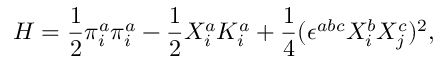
H = \frac { 1 } { 2 } \pi _ { i } ^ { a } \pi _ { i } ^ { a } - \frac { 1 } { 2 } X _ { i } ^ { a } K _ { i } ^ { a } + \frac { 1 } { 4 } ( \epsilon ^ { a b c } X _ { i } ^ { b } X _ { j } ^ { c } ) ^ { 2 } ,